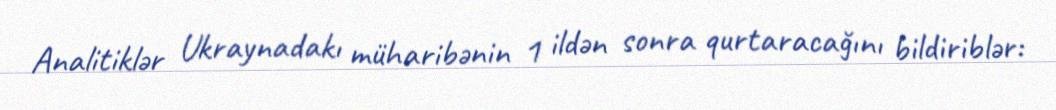
Analitiklər Ukraynadakı müharibənin 1 ildən sonra qurtaracağını bildiriblər: